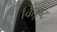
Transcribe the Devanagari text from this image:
वितूष्ट